Vaccine operations Central Provinces 1900-1911 - 1900-1911
Year: 1900
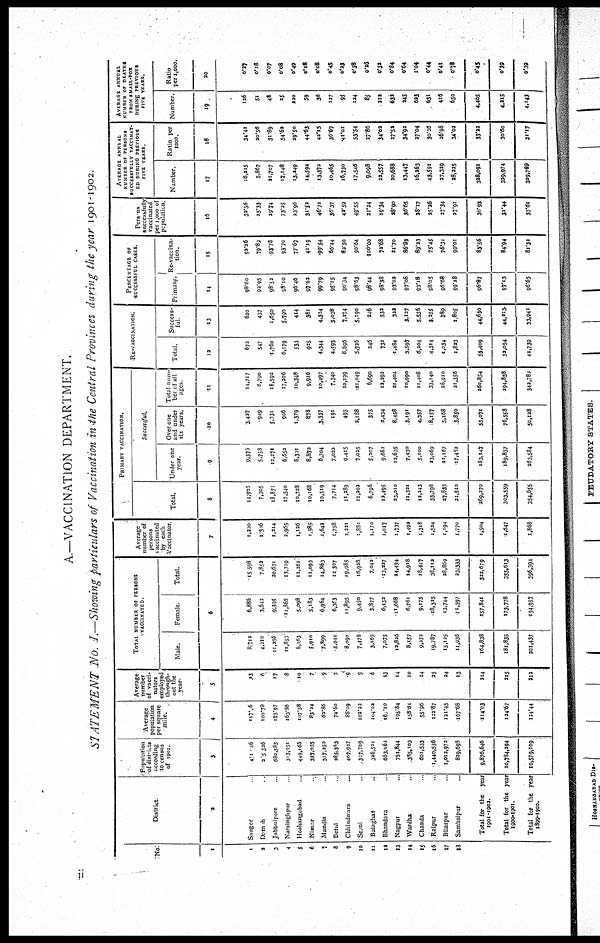
A.—VACCINATION DEPARTMENT.
STATEMENT No. I.—Showing particulars of Vaccination in the Central Provinces during the year 1901-1902.
No
1
1
2
3
4
5
6
7
8
9
10
11
12
13
14
15
16
17
18
District
2
Saugor ...
Damoh ...
Jabbulpore ...
Narsinghpur ...
Hoshangabad ...
Nimar ...
Mandla ...
Betul ...
Chhindwara ...
Seoni ...
Balaghat ...
Bhandara ...
Nagpur ...
Wardha ...
Chanda ...
Raipur ...
Bilaspur ...
Sambalpur ...
Total for the
year
1901-1002.
Total for the year
1900-1901.
Total for the year
1899-1900.
Population
of districts
according
to census
of 1901
3
411,146
305,326
680,585
313,051
449,165
337,035
317,250
285,363
407,937
327,709
326,521
663,062
751,844
385,103
601,533
1,440,536
1,013,971
839,693
9,876,646
10,784,294
10,579,109
Average
population
per square
mile.
4
117.6
100.79
173.97
163.86
107.58
83.24
63.86
74.6o
88.09
102.22
104.03
16.1l0
195.84
158.61
55.96
122.87
121.45
167.68
114.03
124.67
124.44
Average
number
of vacci-
nators
employed
through-
out the
year.
5
13
6
17
8
10
7
9
7
9
9
6
13
14
10
14
25
24
13
214
215
212
TOTAL NUMBER OF PERSONS
VACCINATED
Male.
Female
Total.
6
8,712
4,210
11,236
11,853
6,163
5,910
7,899
5,944
8,090
7,478
3,165
7,075
12,826
8,157
9,273
19,787
15,125
11,936
164,838
181,835
201,437
6,886
3,643
9,375
11,865
5,098
5,183
6,964
6,363
11,895
9,450
3,877
6,152
11,668
6,761
9,175
18,325
13,744
11,397
157,841
173,778
494,957
15,598
7,852
20,631
23,719
11,261
11,093
14,863
12,307
19,085
16,938
7,042
13,227
24,494
14,918
18,447
38,112
28,869
23,333
333,679
355,613
396,394
Average
number of
persons
Vaccinated
by each
Vaccinator
7
1,230
1,306
1,214
2,965
1,126
1,585
1,642
1,758
2,231
1,831
1,170
1,017
1,737
1,493
1,318
1,524
1,194
1,770
1,504
1,647
1,868
PRIMARY VACCINATION.
Total.
8
14,925
7,305
18,871
17,540
10,738
10,168
10,519
7,714
11,289
11,202
6,796
12,495
33,010
11,33
12,343
33,798
27,835
21,510
269,370
303,559
354,655
Successful.
Under one
year
9
9,375
5,758
12,271
6,652
8,301
8,872
6,704
7,022
9,415
7,025
5,207
9,683
13,635
7,430
5,100
33,069
21,167
17,452
183,147
189,837
363,584
Over one
and under
six years.
10
3,427
949
5,330
906
1,379
878
3,337
191
495
2,188
375
2,434
8,458
3,191
4,357
8,157
5,168
3,850
55,071
76,558
50,128
Total num-
ber of all
ages
11
14,717
6,790
18,592
17,206
10,348
9,926
10,497
7,340
10,199
111,049
6,690
12,293
21,404
10,990
11,408
33,140
26,910
21,356
260,854
294,858
343,782
RE-VACCINATION.
Total
12
673
547
1,760
6,179
533
925
4,344
4,593
8,696
5,726
246
733
1,484
3,597
6,204
4,314
1,034
1,823
53,409
53,054
41,739
Success-
ful.
13
620
437
1,650
5,790
414
381
4,334
3,038
7,174
5,190
246
532
332
3,127
5,536
3,355
789
1,805
44,630
44,213
33,941
PERCENTAGE OF
SUCCESSFUL CASES
Primary
14
98.60
92.95
98.52
98.10
96.46
97.62
99.79
95.15
90.34
98.63
98.44
98.38
93.03
97.08
93.18
98.05
96.68
99.38
96.87
97.13
96.65
Re-vaccina¬
tion.
15
92.26
79.89
93.75
93.70
77.67
41.19
99.54
66.14
82.50
90.64
100.00
72.48
21.70
86.93
89.33
75.45
76.31
99.01
85.56
84.94
81.32
Persons
successfully
vaccinated
per 1,000 of
population
16
33.56
25.33
29.74
73.25
23.96
31.52
46.72
56.37
42.59
49.55
21.24
19.34
28.90
36.65
28.17
25.26
27.34
27.91
30.93
31.44
35.61
AVERAGE ANNUAL
NUMBER OF PERSONS
SUCCESSFULLY VACCINAT-
ED DURING PREVIOUS
FIVE YEARS.
Number.
17
16,315
5,867
21,707
17,148
13,249
14,594
13,372
10,465
16,730
17,546
9,098
33,557
20,688
13,447
16,363
43,591
37,329
38,335
386,091
339,974
339,789
Ratio per
1000.
18
34.42
20.56
31.89
54.62
29.50
44.63
42.15
36.67
41.01
53.54
27.86
34.23
37.52
34.92
27.04
30.26
26.98
34.03
33.22
30.60
31.17
AVERAGE ANNUAL
NUMBER OF DEATHS
FROM SMALL-POX
DURING PREVIOUS
FIVE YEARS.
Number.
19
126
51
48
25
220
59
36
127
95
124
85
212
632
245
623
631
416
650
4,405
4,215
4,143
Ratio
per 1,000.
20
0.27
0.18
0.07
0.08
0.49
0.18
0.08
0.45
0.23
0.38
0.26
0.33
0.84
0.64
1.04
0.44
0.41
0.78
0.45
0.39
0.39
ii